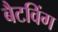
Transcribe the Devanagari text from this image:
बैटविंग